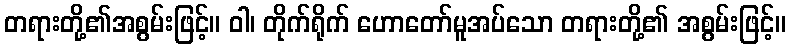
တရားတို့၏အစွမ်းဖြင့်။ ဝါ၊ တိုက်ရိုက် ဟောတော်မူအပ်သော တရားတို့၏ အစွမ်းဖြင့်။